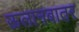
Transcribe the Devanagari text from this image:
ऊलानबातर